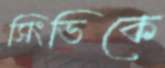
সিংভিকে